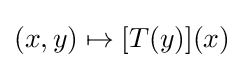
(x,y)\mapsto [T(y)](x)